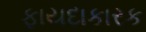
ફાયદાકારક